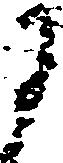
に